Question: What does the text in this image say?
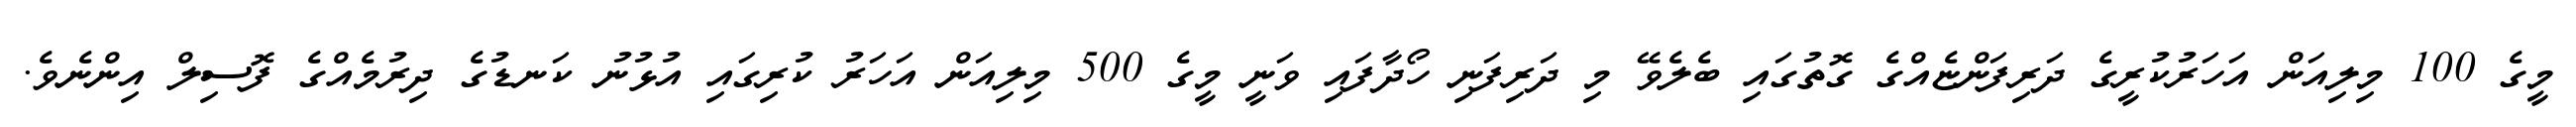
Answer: މީގެ 100 މިލިއަން އަހަރުކުރީގެ ދަރިފަންޏެއްގެ ގޮތުގައި ބެލެވޭ މި ދަރިފަނި ހޯދާފައި ވަނީ މީގެ 500 މިލިއަން އަހަރު ކުރިގައި އުޅުނު ކަނޑުގެ ދިރުމެއްގެ ފޮސިލް އިންނެވެ.